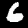
Label: 6